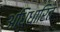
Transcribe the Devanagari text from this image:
अधिधारित